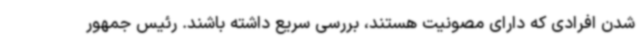
شدن افرادی که دارای مصونیت هستند، بررسی سریع داشته باشند. رئیس جمهور